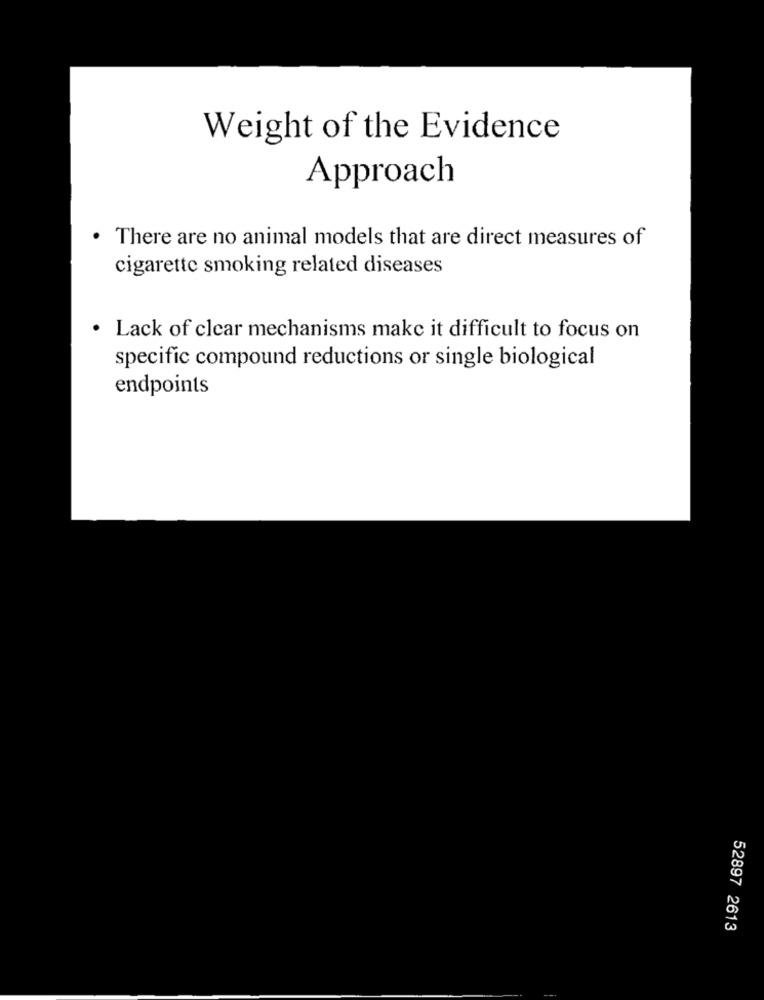
Weight of the Evidence
Approach
. There are no animal models that are direct measures of
cigarette smoking related diseases
· Lack of clear mechanisms make it difficult to focus on
specific compound reductions or single biological
endpoints
52897 2613